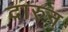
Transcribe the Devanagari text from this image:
दारुन